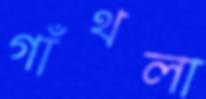
গাঁথলা